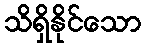
သိရှိနိုင်သော